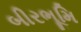
બીરભૂમિ